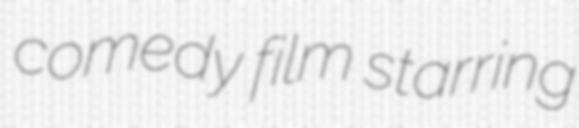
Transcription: comedy film starring